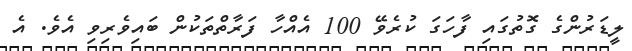
ލީޑަރުންގެ ގޮތުގައި ފާހަގަ ކުރެވޭ 100 އެއްހާ ފަރާތްތަކުން ބައިވެރިވި އެވެ. އެ